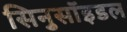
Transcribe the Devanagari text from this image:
सिनुसॉइडल